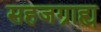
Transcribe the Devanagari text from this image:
सहजग्राह्य